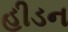
હીડન